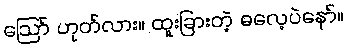
ဪ ဟုတ်လား။ ထူးခြားတဲ့ ဓလေ့ပဲနော်။